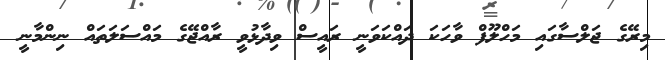
މިރޭގެ ޖަލްސާގައި މަހްލޫފް ވާހަކަ ދައްކަވަނީ ރައީސް ވިދާޅުވީ ރާއްޖޭގެ މައްސަލަތައް ނިންމާނީ